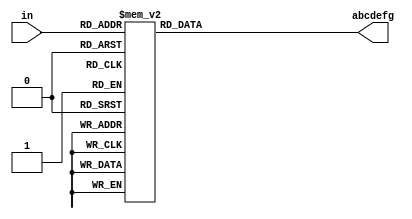
/* ----------------------------------------------------- *
 * Title       : Seven Segment Display (SSD) Utilities   *
 * Project     : Verilog Utility Modules                 *
 * ----------------------------------------------------- *
 * Last Edit   : 21/11/2020                              *
 * ----------------------------------------------------- *
 * Description : Modules related to 7 Segment Displays   *
 * ----------------------------------------------------- */

/* --------------------------------------------------- *
 +    abcdefg signals correspond to:                   +
 +                                                     +
 +      a                                              +
 +    f   b   Note: abcdefg signals should driven low  +
 +      g        to ilmunate   corresponding segment.  +
 +    e   c                                            +
 +      d                                              +
 * --------------------------------------------------- */

//Converts 4 bit input to hex abcdefg
module ssd_encode(in, abcdefg);
  parameter zero = 7'b0000001, one = 7'b1001111, two = 7'b0010010;
  parameter thr = 7'b0000110, four = 7'b1001100, five = 7'b0100100;
  parameter six = 7'b0100000, svn = 7'b0001111, eght = 7'b0000000;
  parameter nine = 7'b0000100, A = 7'b0001000, B = 7'b1100000;
  parameter C = 7'b0110001, D = 7'b1000010, E = 7'b0110000, F = 7'b0111000;
  input [3:0] in;
  output reg [6:0] abcdefg;

  always@*
    begin
        case (in)
          4'b0: abcdefg = zero;
          4'b1: abcdefg = one;
          4'b10: abcdefg = two;
          4'b11: abcdefg = thr;
          4'b100: abcdefg = four;
          4'b101: abcdefg = five;
          4'b110: abcdefg = six;
          4'b111: abcdefg = svn;
          4'b1000: abcdefg = eght;
          4'b1001: abcdefg = nine;
          4'b1010: abcdefg = A;
          4'b1011: abcdefg = B;
          4'b1100: abcdefg = C;
          4'b1101: abcdefg = D;
          4'b1110: abcdefg = E;
          4'b1111: abcdefg = F;
        endcase
    end

endmodule // ssdDecode

//Seven Segment Display controller: takes 4 4-bit digits and generates ssd control signals to displays them
module ssdController4(clk, rst, mode, digit3, digit2, digit1, digit0, seg, an);
  input clk, rst;
  input [3:0] mode; //each bit represents enableing correspond ssd
  //e.g. mode=0001 means only least significant digit (rightmost, digit0) is going to be enabled
  input [3:0] digit0, digit1, digit2, digit3;
  output [6:0] seg;
  wire a, b, c, d, e, f, g;
  output reg [3:0] an;

  reg [1:0] state; //shows a diffrent digit every state
  wire stateClk; //state changes every edge of stateClk
  reg [15:0] counter; //655.36s or ~1.526 kHz

  //Some signals for better readability
  wire [3:0] encode_in;
  wire [6:0] abcdefg;
  reg [3:0] digit[3:0];

  assign seg = {g, f, e, d, c, b, a};
  assign stateClk = counter[15]; //state clock determined by MSB of counter

  //both state and counter will warp 11.. to 00.. at max
  always@(posedge stateClk or posedge rst) //state transactions
    begin
      if(rst)
        state <= 2'b0;
      else
        state <= state + 2'b1;
    end

  always@(posedge clk or posedge rst) //counter
    begin
      if(rst)
        counter <= 16'b0;
      else
        counter <= counter + 16'b1;
    end

  always@* //anode control
    begin
        case(state)
          2'd0: an = 4'b1110;
          2'd1: an = 4'b1101;
          2'd2: an = 4'b1011;
          2'd3: an = 4'b0111;
        endcase
    end

  always@* //collect digits in one block
    begin
      digit[0] = digit0;
      digit[1] = digit1;
      digit[2] = digit2;
      digit[3] = digit3;
    end

  assign {a,b,c,d,e,f,g} = (mode[state]) ? abcdefg : 7'b1111111;


  assign encode_in = digit[state];

  ssd_encode encoder(encode_in, abcdefg);

endmodule //Master seven segment display (SSD) control 4 SSDs

//Seven Segment Display controller: takes 2 4-bit digits and generates ssd control signals to displays them
module ssdController2(clk, rst, mode, digit1, digit0, seg, an);
  input clk, rst;
  input [1:0] mode; //each bit represents enableing correspond ssd
  //e.g. mode=01 means only least significant digit (rightmost, digit0) is going to be enabled
  input [3:0] digit0, digit1;
  wire a, b, c, d, e, f, g;
  output reg [1:0] an;
  output [6:0] seg;

  reg state; //shows a diffrent digit every state
  wire stateClk; //state changes every edge of stateClk
  reg [15:0] counter; //655.36s or ~1.526 kHz

  //Some signals for better readability
  wire [3:0] encode_in;
  wire [6:0] abcdefg;
  reg [3:0] digit[1:0];

  assign seg = {g, f, e, d, c, b, a};
  assign stateClk = counter[15]; //state clock determined by MSB of counter

  always@(posedge stateClk or posedge rst) //state transactions
    begin
      if(rst)
        state <= 1'b0;
      else
        state <= ~state;
    end

  always@(posedge clk or posedge rst) //counter
    begin
      if(rst)
        counter <= 16'b0;
      else
        counter <= counter + 16'b1;
    end

  always@* //anode control
    begin
        case(state)
          1'b0: an = 4'b10;
          1'b1: an = 2'b01;
        endcase
    end

  always@* //collect digits in one block
    begin
      digit[0] = digit0;
      digit[1] = digit1;
    end

  assign {a,b,c,d,e,f,g} = (mode[state]) ? abcdefg : 7'b1111111;


  assign encode_in = digit[state];

  ssd_encode encoder(encode_in, abcdefg);

endmodule //Master seven segment display (SSD) control 2 SSDs